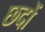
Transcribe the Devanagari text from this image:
छदों